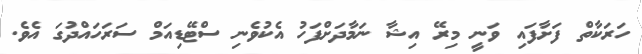
ހަރަކާތް ފަށާފައި ވަނީ މިރޭ އިޝާ ނަމާދަށްފަހު އެކުވެނި ސްޓޭޑިއަމް ސަރަހައްދުގަ އެވެ.